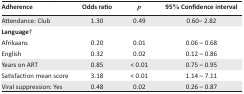
<table><thead><tr><td><b>Adherence</b></td><td><b>Odds ratio</b></td><td><b><i>p</i></b></td><td><b>95% Confidence interval</b></td></tr></thead><tbody><tr><td>Attendance: Club</td><td>1.30</td><td>0.49</td><td>0.60– 2.82</td></tr><tr><td colspan="4"><b>Language</b>†</td></tr><tr><td>Afrikaans</td><td>0.20</td><td>0.01</td><td>0.06 – 0.68</td></tr><tr><td>English</td><td>0.32</td><td>0.02</td><td>0.12 – 0.86</td></tr><tr><td>Years on ART</td><td>0.85</td><td>&lt; 0.01</td><td>0.75 – 0.95</td></tr><tr><td>Satisfaction mean score</td><td>3.18</td><td>&lt; 0.01</td><td>1.14 – 7.11</td></tr><tr><td>Viral suppression: Yes</td><td>0.48</td><td>0.02</td><td>0.26 – 0.87</td></tr></tbody></table>